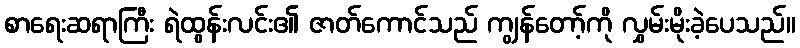
စာရေးဆရာကြီး ရဲထွန်းလင်း၏ ဇာတ်ကောင်သည် ကျွန်တော့်ကို လွှမ်းမိုးခဲ့ပေသည်။